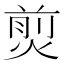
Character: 𤋎